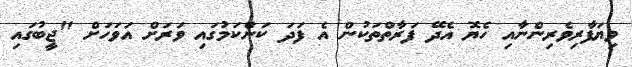
ވިޔަފާރިވެރިންނާއި ހެޔޮ އެދޭ ފަރާތްތަކުން އެ ފަދަ ކަންކަމުގައި ވަރަށް އަވަހަށް "ޖީބުގައި